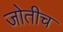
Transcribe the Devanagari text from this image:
जोतीच